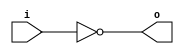
module invert (input wire i, output wire o);
   assign o = !i;
endmodule

module and2 (input wire i0, i1, output wire o);
  assign o = i0 & i1;
endmodule

module or2 (input wire i0, i1, output wire o);
  assign o = i0 | i1;
endmodule

module xor2 (input wire i0, i1, output wire o);
  assign o = i0 ^ i1;
endmodule

module nand2 (input wire i0, i1, output wire o);
   wire t;
   and2 and2_0 (i0, i1, t);
   invert invert_0 (t, o);
endmodule

module nor2 (input wire i0, i1, output wire o);
   wire t;
   or2 or2_0 (i0, i1, t);
   invert invert_0 (t, o);
endmodule

module xnor2 (input wire i0, i1, output wire o);
   wire t;
   xor2 xor2_0 (i0, i1, t);
   invert invert_0 (t, o);
endmodule

module and3 (input wire i0, i1, i2, output wire o);
   wire t;
   and2 and2_0 (i0, i1, t);
   and2 and2_1 (i2, t, o);
endmodule

module or3 (input wire i0, i1, i2, output wire o);
   wire t;
   or2 or2_0 (i0, i1, t);
   or2 or2_1 (i2, t, o);
endmodule

module nor3 (input wire i0, i1, i2, output wire o);
   wire t;
   or2 or2_0 (i0, i1, t);
   nor2 nor2_0 (i2, t, o);
endmodule

module nand3 (input wire i0, i1, i2, output wire o);
   wire t;
   and2 and2_0 (i0, i1, t);
   nand2 nand2_1 (i2, t, o);
endmodule

module xor3 (input wire i0, i1, i2, output wire o);
   wire t;
   xor2 xor2_0 (i0, i1, t);
   xor2 xor2_1 (i2, t, o);
endmodule

module xnor3 (input wire i0, i1, i2, output wire o);
   wire t;
   xor2 xor2_0 (i0, i1, t);
   xnor2 xnor2_0 (i2, t, o);
endmodule

module mux2 (input wire i0, i1, j, output wire o);
  assign o = (j==0)?i0:i1;
endmodule

module mux4 (input wire [0:3] i, input wire j1, j0, output wire o);
  wire  t0, t1;
  mux2 mux2_0 (i[0], i[1], j1, t0);
  mux2 mux2_1 (i[2], i[3], j1, t1);
  mux2 mux2_2 (t0, t1, j0, o);
endmodule

module mux8 (input wire [0:7] i, input wire j2, j1, j0, output wire o);
  wire  t0, t1;
  mux4 mux4_0 (i[0:3], j2, j1, t0);
  mux4 mux4_1 (i[4:7], j2, j1, t1);
  mux2 mux2_0 (t0, t1, j0, o);
endmodule

module demux2 (input wire i, j, output wire o0, o1);
  assign o0 = (j==0)?i:1'b0;
  assign o1 = (j==1)?i:1'b0;
endmodule

module demux4 (input wire i, j1, j0, output wire [0:3] o);
  wire  t0, t1;
  demux2 demux2_0 (i, j1, t0, t1);
  demux2 demux2_1 (t0, j0, o[0], o[1]);
  demux2 demux2_2 (t1, j0, o[2], o[3]);
endmodule

module demux8 (input wire i, j2, j1, j0, output wire [0:7] o);
  wire  t0, t1;
  demux2 demux2_0 (i, j2, t0, t1);
  demux4 demux4_0 (t0, j1, j0, o[0:3]);
  demux4 demux4_1 (t1, j1, j0, o[4:7]);
endmodule

module df (input wire clk, in, output wire out);
  reg df_out;
  always@(posedge clk) df_out <= in;
  assign out = df_out;
endmodule

module dfr (input wire clk, reset, in, output wire out);
  wire reset_, df_in;
  invert invert_0 (reset, reset_);
  and2 and2_0 (in, reset_, df_in);
  df df_0 (clk, df_in, out);
endmodule

module dfrl (input wire clk, reset, load, in, output wire out);
  wire _in;
  mux2 mux2_0(out, in, load, _in);
  dfr dfr_1(clk, reset, _in, out);
endmodule

module dfs (input wire clk, set, in, output wire out);
  wire dfr_in,dfr_out;
  invert invert_0(in, dfr_in);
  invert invert_1(dfr_out, out);
  dfr dfr_2(clk, set, dfr_in, dfr_out);
endmodule

module dfsl (input wire clk, set, load, in, output wire out);
  wire _in;
  mux2 mux2_0(out, in, load, _in);
  dfs dfs_1(clk, set, _in, out);
endmodule

module fa (input wire i0, i1, cin, output wire sum, cout);
   wire t0, t1, t2;
   xor3 _i0 (i0, i1, cin, sum);
   and2 _i1 (i0, i1, t0);
   and2 _i2 (i1, cin, t1);
   and2 _i3 (cin, i0, t2);
   or3 _i4 (t0, t1, t2, cout);
endmodule

module addsub (input wire addsub, i0, i1, cin, output wire sumdiff, cout);
  wire t;
  fa _i0 (i0, t, cin, sumdiff, cout);
  xor2 _i1 (i1, addsub, t);
endmodule